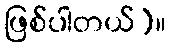
ဖြစ်ပါတယ်)။